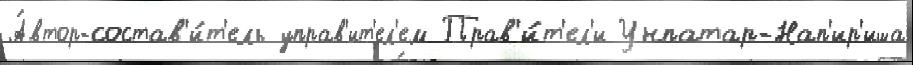
А́втор-состав'и́т'ель управ'ит'ел'ем Прав'и́т'ел'и Унпатар-Нап'ир'иша